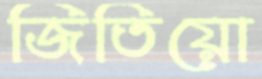
জিতিয়ো